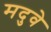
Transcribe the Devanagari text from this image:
मदुवे